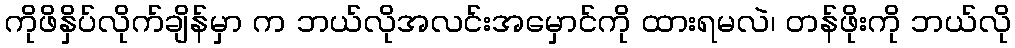
ကိုဖိနှိပ်လိုက်ချိန်မှာ က ဘယ်လိုအလင်းအမှောင်ကို ထားရမလဲ၊ တန်ဖိုးကို ဘယ်လို